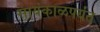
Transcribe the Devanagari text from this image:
सायंकाळपर्यंत